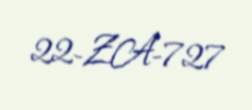
22-ZA-727